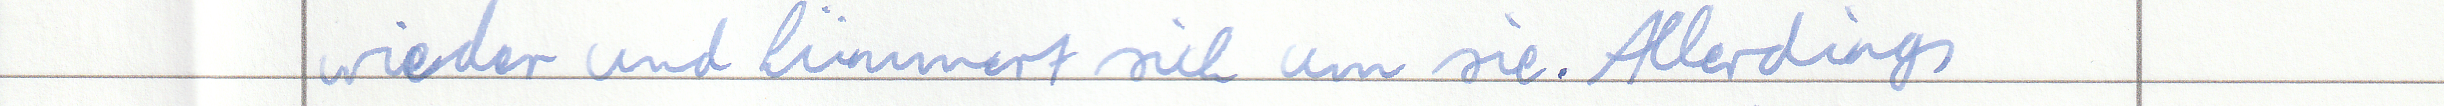
wieder und kümmert sich um sie. Allerdings